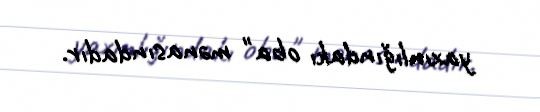
yaxınlığındakı oba" mənasındadır.